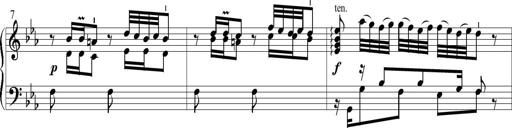
Title: 6 Leichte Sonatinen, Teil 1
Composer: F. Sigismund Sander